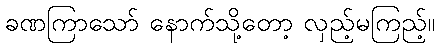
ခဏကြာသော် နောက်သို့တော့ လှည့်မကြည့်။